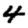
Digit: 4